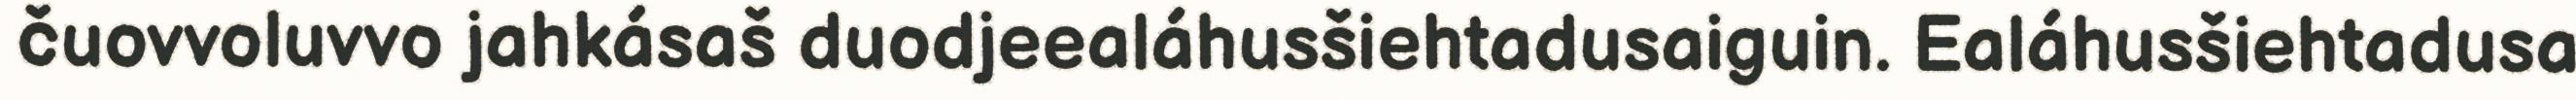
čuovvoluvvo jahkásaš duodjeealáhusšiehtadusaiguin. Ealáhusšiehtadusa